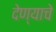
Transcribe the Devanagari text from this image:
देण्‍याचे